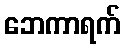
ဘေကာရက်